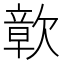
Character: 𮲾